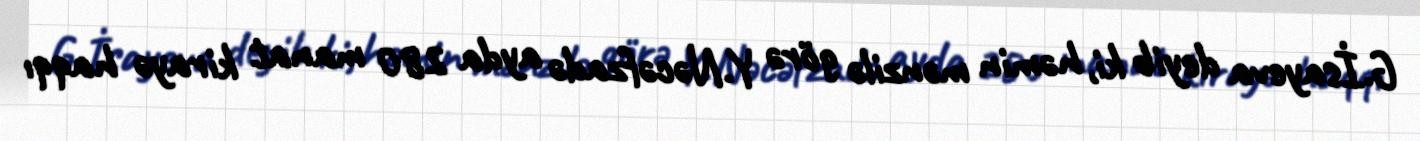
G.İsayeva deyib ki, həmin mənzilə görə Y.Nəcəfzadə ayda 280 manat kirayə haqqı